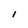
Character: I